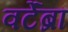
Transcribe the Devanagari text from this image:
वर्टेब्रा